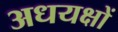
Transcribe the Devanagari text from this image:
अधयक्षों